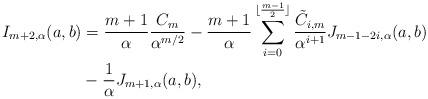
LaTeX: \begin{align*} I_{m + 2, \alpha}(a, b) &= \frac{m + 1}{\alpha}\frac{C_m}{\alpha^{m/2}} - \frac{m + 1}{\alpha} \sum_{i = 0}^{\lfloor \frac{m - 1}{2} \rfloor} \frac{\tilde C_{i, m}}{\alpha^{i + 1}} J_{m - 1 - 2i, \alpha}(a, b)\\ &- \frac{1}{\alpha}J_{m + 1, \alpha}(a, b), \end{align*}